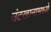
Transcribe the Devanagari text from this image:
उंटखानामध्ये